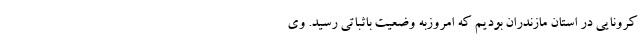
کرونایی در استان مازندران بودیم که امروزبه وضعیت باثباتی رسید. وی